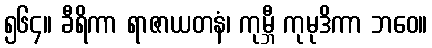
၅၆၄။ ခီရိကာ ရာဇာယတနံ၊ ကုမ္ဘီ ကုမုဒိကာ ဘဝေ။